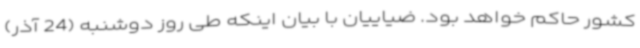
کشور حاکم خواهد بود. ضیاییان با بیان اینکه طی روز دوشنبه (24 آذر)